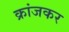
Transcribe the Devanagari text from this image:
क्रांजकर